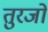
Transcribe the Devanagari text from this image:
तुरजो